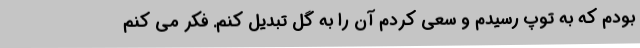
بودم که به توپ رسیدم و سعی کردم آن را به گل تبدیل کنم. فکر می کنم